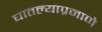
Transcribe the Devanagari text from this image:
घातल्याप्रमाणे